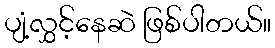
ပျံ့လွှင့်နေဆဲ ဖြစ်ပါတယ်။